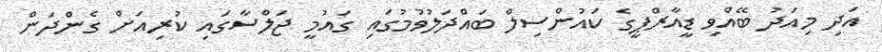
އަދި މިއަދު ބޭއްވި ޑީއާރްޕީގެ ކައުންސިލް ބައްދަލުވުމުގައި ގައުމީ ޖަލްސާގައި ކުރިއަށް ގެންދަން